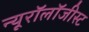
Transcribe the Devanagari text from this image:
न्यूरॉलॉजीस्ट